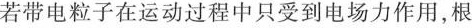
若带电粒子在运动过程中只受到电场力作用，根